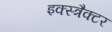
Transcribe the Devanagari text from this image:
इक्स्त्रैक्टर